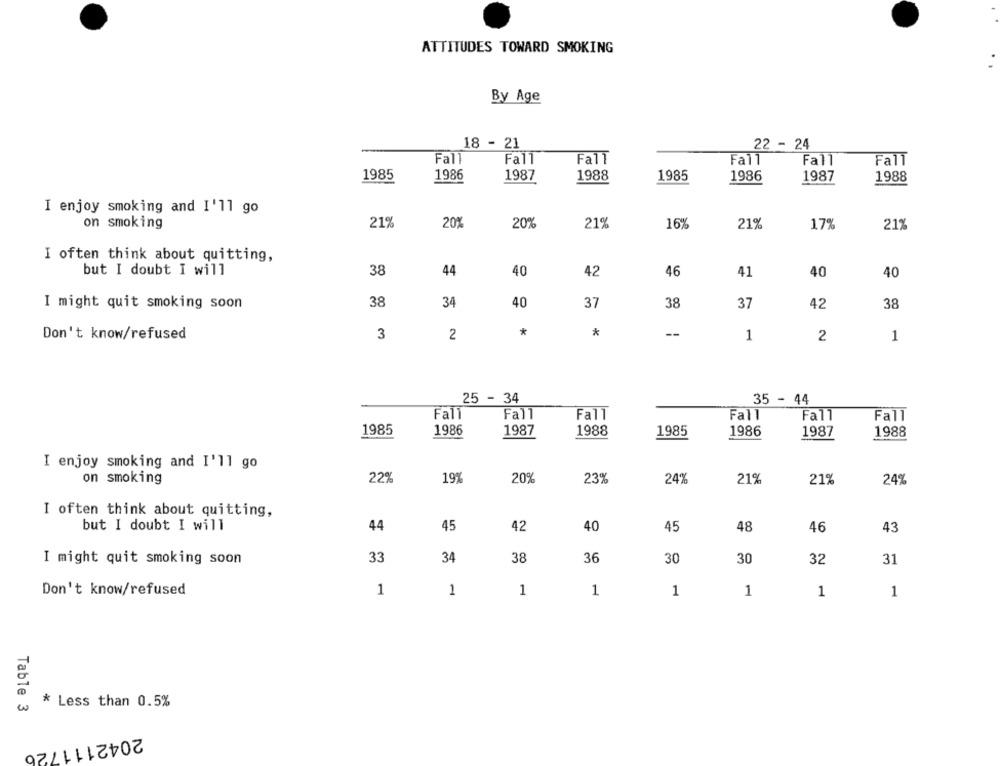
ATTITUDES TOWARD SMOKING
By Age
18 - 21
22 - 24
Fall
Fall
Fall
Fall
Fall
Fall
1985
1986
1987
1988
1985
1986
1987
1988
I enjoy smoking and I'll go
21%
201
on smoking
20%
219
16%
21%
17%
21%
I often think about quitting,
but I doubt I will
38
44
40
42
46
41
40
40
I might quit smoking soon
38
34
40
37
38
37
42
38
Don't know/refused
3
2
*
*
--
1
2
1
25 - 34
35 - 44
Fall
Fall
Fall
Fall
Fall
Fall
1985
1986
1987
1988
1985
1986
1987
1988
I enjoy smoking and I'll go
on smoking
22%
197
20%
23%
24%
21%
21%
24%
I often think about quitting,
but I doubt I will
44
45
42
40
45
48
46
43
I might quit smoking soon
33
34
38
36
30
32
31
30
Don't know/refused
1
1
1
1
1
1
1
1
* Less than 0.5%
Table 3
2042111726